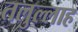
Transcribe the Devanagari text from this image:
तलुल्लाह